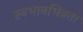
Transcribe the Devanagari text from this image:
स्वभावभिन्नता